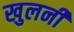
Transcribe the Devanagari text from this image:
खुलनी